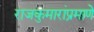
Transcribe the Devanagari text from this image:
राजकुमारांप्रमाणे